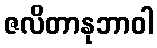
ဇလိတာနုဘာဝါ